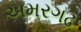
અમરગઢ